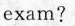
exam?